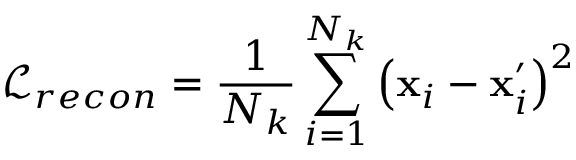
\mathcal { L } _ { r e c o n } = \frac { 1 } { N _ { k } } \sum _ { i = 1 } ^ { N _ { k } } \left( \mathbf { x } _ { i } - { \mathbf { x } } _ { i } ^ { \prime } \right) ^ { 2 }